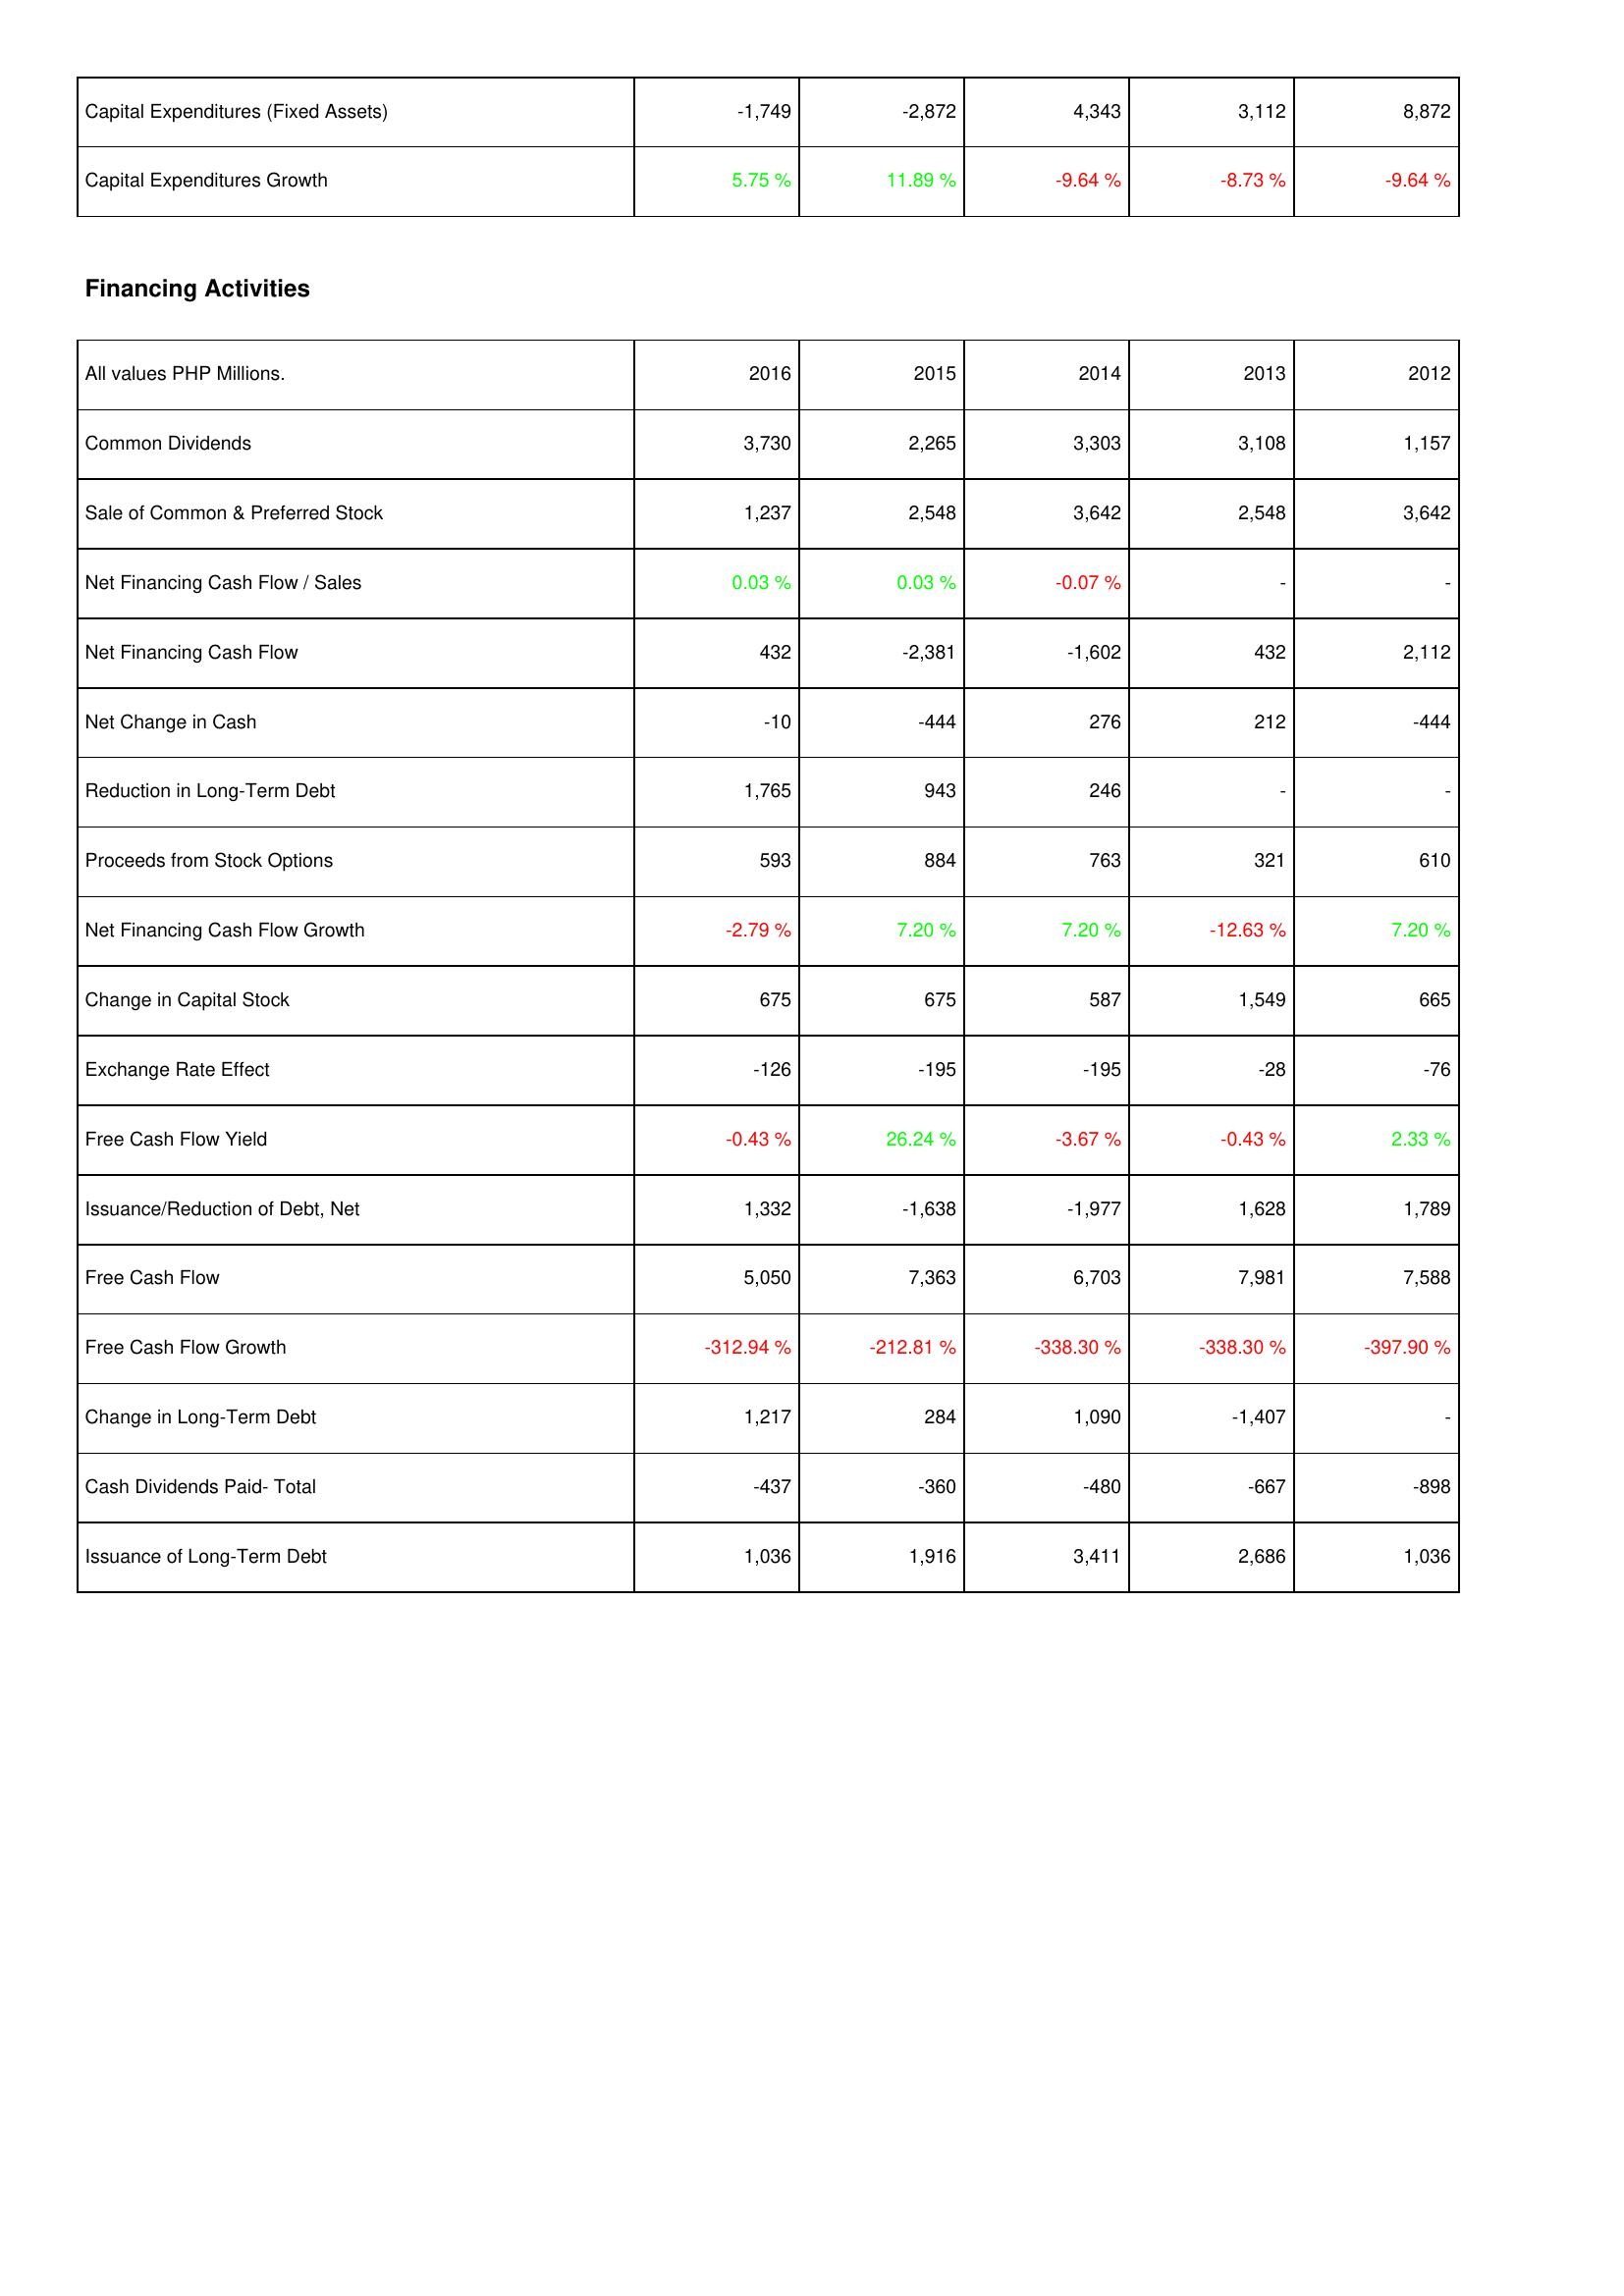
2016: Investing Activities: Capital Expenditures (Fixed Assets): -1,749
Capital Expenditures Growth: 5.75 %
Financing Activities: Common Dividends: 3,730
Sale of Common & Preferred Stock: 1,237
Net Financing Cash Flow / Sales: 0.03 %
Net Financing Cash Flow: 432
Net Change in Cash: -10
Reduction in Long-Term Debt: 1,765
Proceeds from Stock Options: 593
Net Financing Cash Flow Growth: -2.79 %
Change in Capital Stock: 675
Exchange Rate Effect: -126
Free Cash Flow Yield: -0.43 %
Issuance/Reduction of Debt, Net: 1,332
Free Cash Flow: 5,050
Free Cash Flow Growth: -312.94 %
Change in Long-Term Debt: 1,217
Cash Dividends Paid- Total: -437
Issuance of Long-Term Debt: 1,036
2015: Investing Activities: Capital Expenditures (Fixed Assets): -2,872
Capital Expenditures Growth: 11.89 %
Financing Activities: Common Dividends: 2,265
Sale of Common & Preferred Stock: 2,548
Net Financing Cash Flow / Sales: 0.03 %
Net Financing Cash Flow: -2,381
Net Change in Cash: -444
Reduction in Long-Term Debt: 943
Proceeds from Stock Options: 884
Net Financing Cash Flow Growth: 7.20 %
Change in Capital Stock: 675
Exchange Rate Effect: -195
Free Cash Flow Yield: 26.24 %
Issuance/Reduction of Debt, Net: -1,638
Free Cash Flow: 7,363
Free Cash Flow Growth: -212.81 %
Change in Long-Term Debt: 284
Cash Dividends Paid- Total: -360
Issuance of Long-Term Debt: 1,916
2014: Investing Activities: Capital Expenditures (Fixed Assets): 4,343
Capital Expenditures Growth: -9.64 %
Financing Activities: Common Dividends: 3,303
Sale of Common & Preferred Stock: 3,642
Net Financing Cash Flow / Sales: -0.07 %
Net Financing Cash Flow: -1,602
Net Change in Cash: 276
Reduction in Long-Term Debt: 246
Proceeds from Stock Options: 763
Net Financing Cash Flow Growth: 7.20 %
Change in Capital Stock: 587
Exchange Rate Effect: -195
Free Cash Flow Yield: -3.67 %
Issuance/Reduction of Debt, Net: -1,977
Free Cash Flow: 6,703
Free Cash Flow Growth: -338.30 %
Change in Long-Term Debt: 1,090
Cash Dividends Paid- Total: -480
Issuance of Long-Term Debt: 3,411
2013: Investing Activities: Capital Expenditures (Fixed Assets): 3,112
Capital Expenditures Growth: -8.73 %
Financing Activities: Common Dividends: 3,108
Sale of Common & Preferred Stock: 2,548
Net Financing Cash Flow / Sales: -
Net Financing Cash Flow: 432
Net Change in Cash: 212
Reduction in Long-Term Debt: -
Proceeds from Stock Options: 321
Net Financing Cash Flow Growth: -12.63 %
Change in Capital Stock: 1,549
Exchange Rate Effect: -28
Free Cash Flow Yield: -0.43 %
Issuance/Reduction of Debt, Net: 1,628
Free Cash Flow: 7,981
Free Cash Flow Growth: -338.30 %
Change in Long-Term Debt: -1,407
Cash Dividends Paid- Total: -667
Issuance of Long-Term Debt: 2,686
2012: Investing Activities: Capital Expenditures (Fixed Assets): 8,872
Capital Expenditures Growth: -9.64 %
Financing Activities: Common Dividends: 1,157
Sale of Common & Preferred Stock: 3,642
Net Financing Cash Flow / Sales: -
Net Financing Cash Flow: 2,112
Net Change in Cash: -444
Reduction in Long-Term Debt: -
Proceeds from Stock Options: 610
Net Financing Cash Flow Growth: 7.20 %
Change in Capital Stock: 665
Exchange Rate Effect: -76
Free Cash Flow Yield: 2.33 %
Issuance/Reduction of Debt, Net: 1,789
Free Cash Flow: 7,588
Free Cash Flow Growth: -397.90 %
Change in Long-Term Debt: -
Cash Dividends Paid- Total: -898
Issuance of Long-Term Debt: 1,036